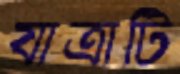
যাত্রাটি